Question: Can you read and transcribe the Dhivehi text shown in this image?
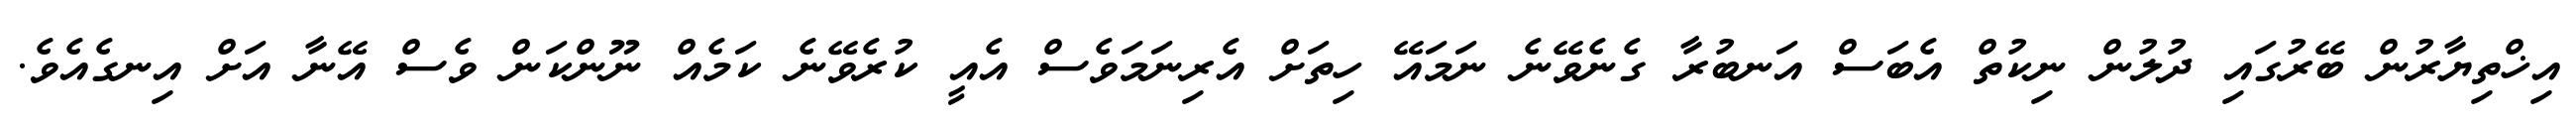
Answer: އިޚްތިޔާރުން ބޭރުގައި ދުލުން ނިކުތް އެބަސް އަނބުރާ ގެނެވޭނެ ނަމައޭ ހިތަށް އެރިނަމަވެސް އެއީ ކުރެވޭނެ ކަމެއް ނޫންކަން ވެސް އޭނާ އަށް އިނގެއެވެ.